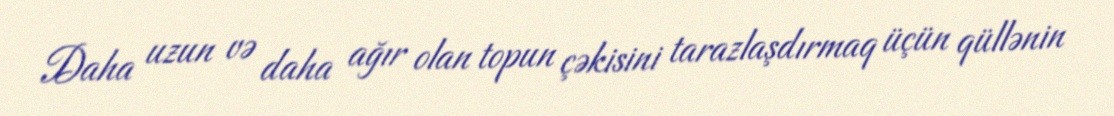
Daha uzun və daha ağır olan topun çəkisini tarazlaşdırmaq üçün qüllənin